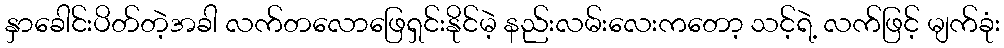
နှာခေါင်းပိတ်တဲ့အခါ လက်တလောဖြေရှင်းနိုင်မဲ့ နည်းလမ်းလေးကတော့ သင့်ရဲ့ လက်ဖြင့် မျက်ခုံး